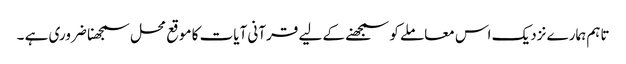
تاہم ہمارے نزدیک اس معاملے کو سمجھنے کے لیے قرآنی آیات کا موقع محل سمجھنا ضروری ہے ۔